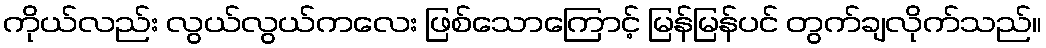
ကိုယ်လည်း လွယ်လွယ်ကလေး ဖြစ်သောကြောင့် မြန်မြန်ပင် တွက်ချလိုက်သည်။